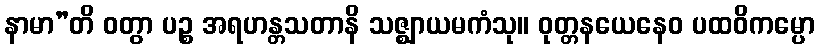
နာမာ”တိ ဝတွာ ပဉ္စ အရဟန္တသတာနိ သဇ္ဈာယမကံသု။ ဝုတ္တနယေနေဝ ပထဝိကမ္ပော